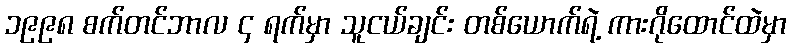
၁၉၉၈ စက်တင်ဘာလ ၄ ရက်မှာ သူငယ်ချင်း တစ်ယောက်ရဲ့ ကားဂိုထောင်ထဲမှာ